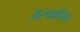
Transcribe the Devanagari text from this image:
अल्पाधिक